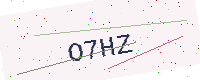
Text: O7HZ